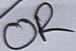
Text: OR